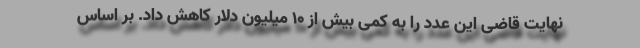
نهایت قاضی این عدد را به کمی بیش از ۱۰ میلیون دلار کاهش داد. بر اساس